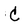
Character: C